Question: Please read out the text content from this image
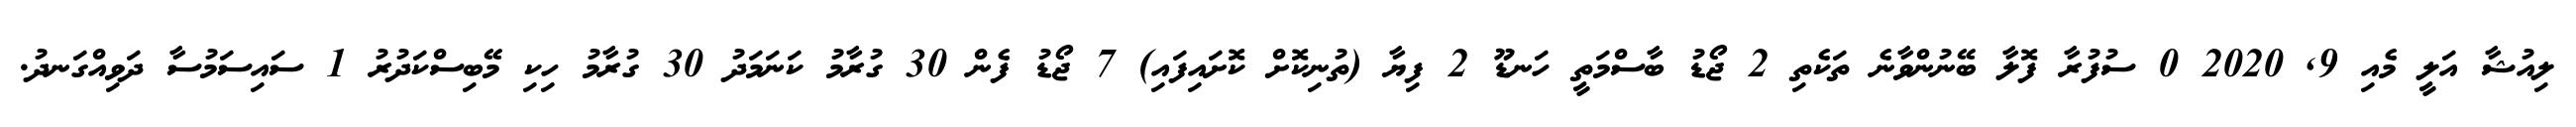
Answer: ލިއުޝާ އަލީ މެއި 9, 2020 0 ސުފުރާ ފޮލާ ބޭނުންވާނެ ތަކެތި 2 ޖޯޑު ބާސްމަތީ ހަނޑޫ 2 ފިޔާ (ތުނިކޮށް ކޮށައިފައި) 7 ޖޯޑު ފެން 30 ގުރާމު ކަނަމަދު 30 ގުރާމު ހިކި މޭބިސްކަދުރު 1 ސައިސަމުސާ ދަވިއްގަނދު.